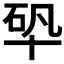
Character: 𠦦